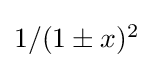
{\textstyle 1/(1\pm x)^{2}}